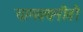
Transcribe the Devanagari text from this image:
चाणक्यनीती